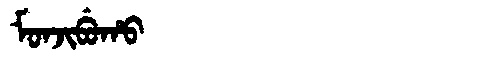
Manchu: ᠮᠣᠨᠵᡳᠪᡠᡥᠣ
Romanization: MONJIBUHO